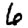
Digit: 6